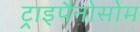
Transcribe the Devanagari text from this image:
ट्राइपैनोसोम